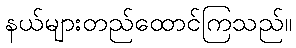
နယ်များတည်ထောင်ကြသည်။